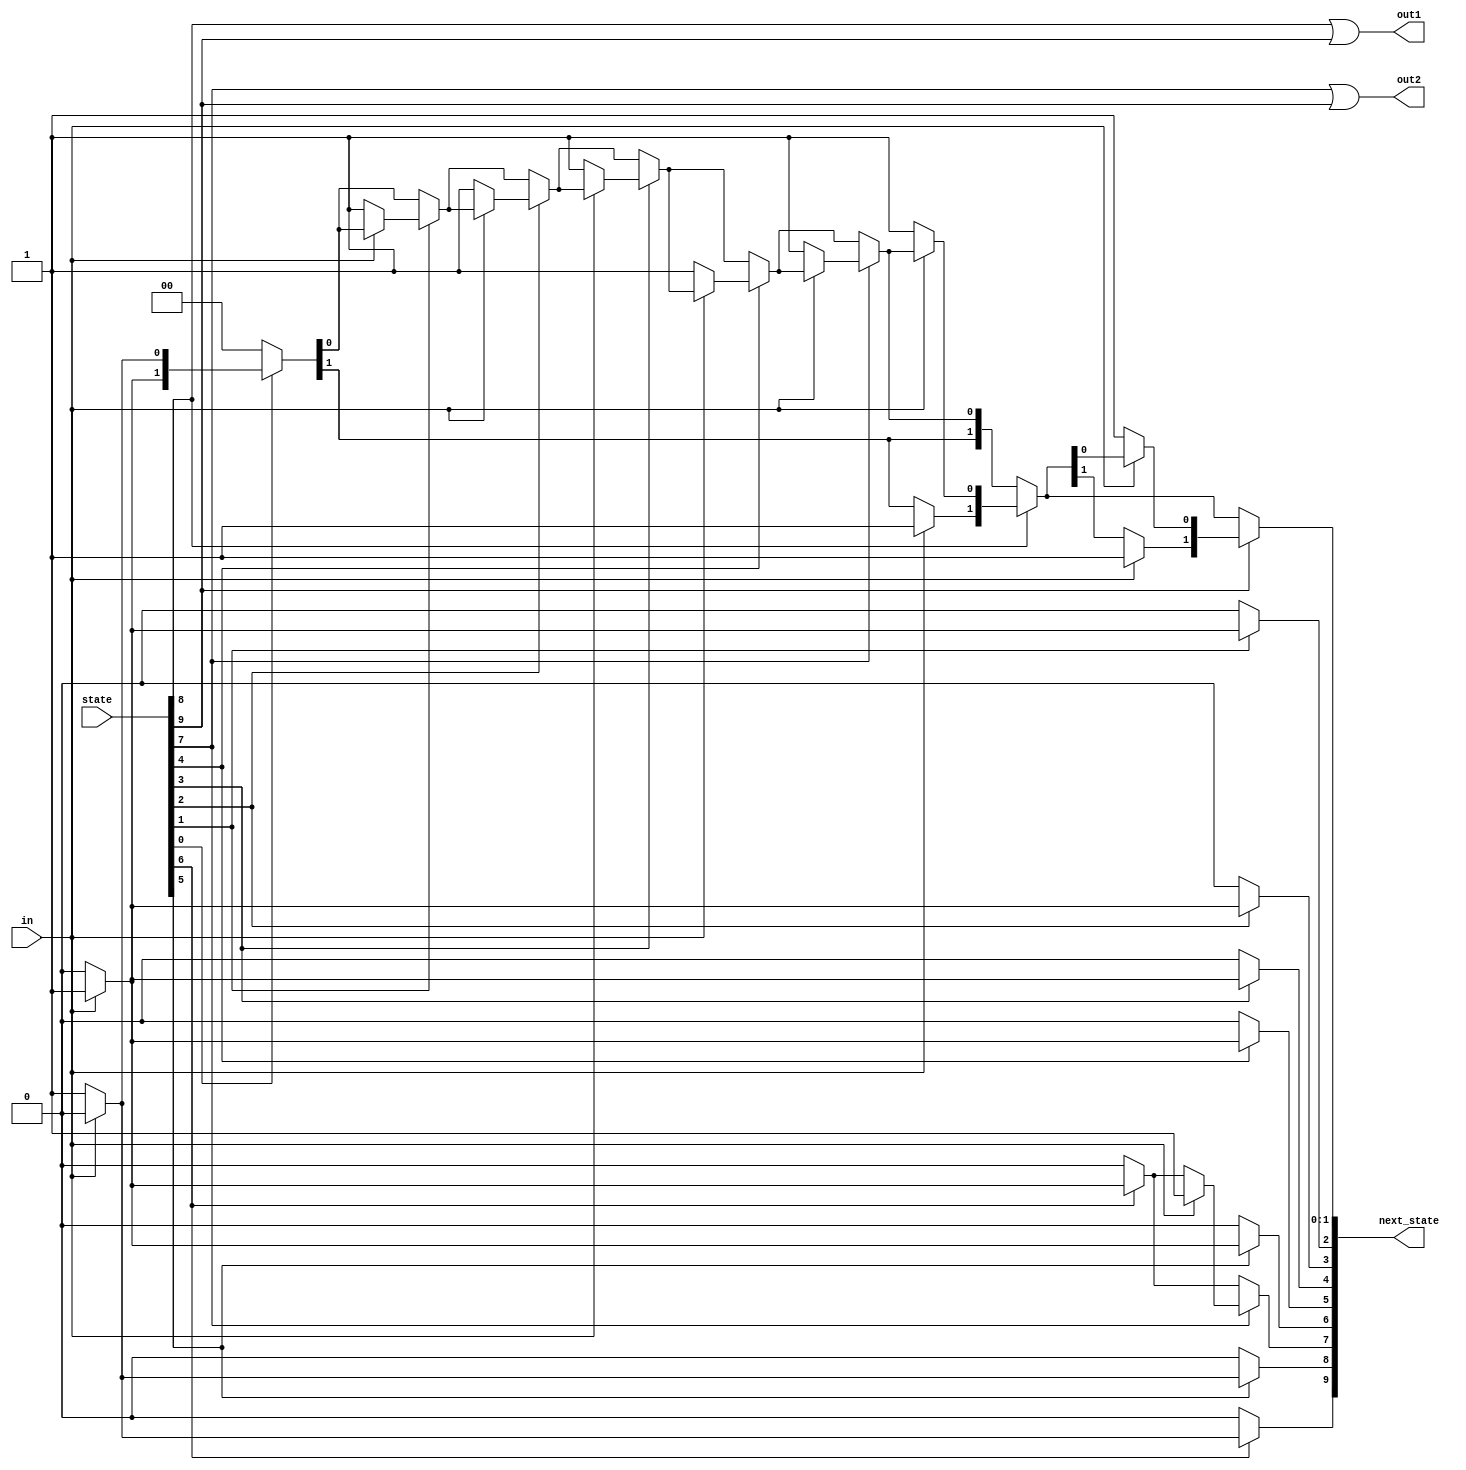
module top_module(
    input in,
    input [9:0] state,
    output [9:0] next_state,
    output out1,
    output out2);
    parameter s0=10'b0000000001,s1=10'b0000000010,s2=10'b0000000100,s3=10'b0000001000,s4=10'b0000010000;
    parameter s5=10'b0000100000,s6=10'b0001000000,s7=10'b0010000000,s8=10'b0100000000,s9=10'b1000000000, sreset=10'b0000000000;

    always@(*)
        begin
            next_state=sreset;
            if(state[0])
                begin
                if(in)
                next_state[1]=1;
                else
                    next_state[0]=1; end
            if(state[1])
                begin
                if(in)
                    next_state[2]=1;
                else
                    next_state[0]=1; end
            if(state[2])
                begin
                if(in)
                    next_state[3]=1;
                else
                    next_state[0]=1; end
            if(state[3])
                begin
                if(in)
                    next_state[4]=1;
                else
                    next_state[0]=1; end
            if(state[4])
                begin
                if(in)
                    next_state[5]=1;
                else
                    next_state[0]=1; end
            if(state[5])
                begin
                if(in)
                    next_state[6]=1;
                else
                    next_state[8]=1; end
            if(state[6])
                begin
                if(in)
                    next_state[7]=1;
                else
                    next_state[9]=1; end
            if(state[7])
                begin
                if(in)
                    next_state[7]=1;
                else
                    next_state[0]=1; end
            if(state[8])
                begin
                if(in)
                    next_state[1]=1;
                else
                    next_state[0]=1; end
            if(state[9])
                begin
                if(in)
                    next_state[1]=1;
                else
                    next_state[0]=1; end
         end
                assign out1=state[8]|state[9];
                assign out2=state[7]|state[9];
               
endmodule